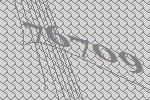
76709